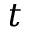
t